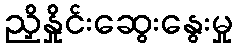
ညှိနှိုင်းဆွေးနွေးမှု